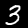
Label: 3